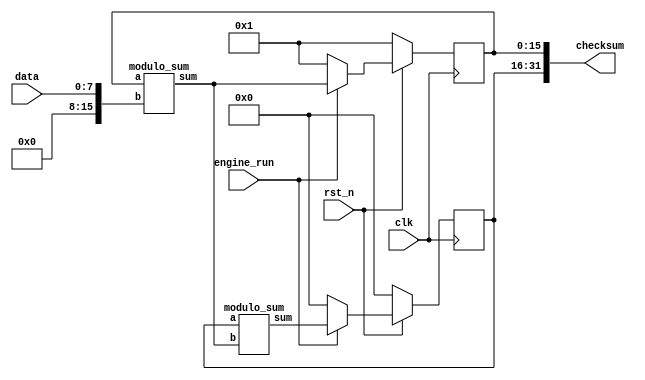
module adler32_acc (
  input         rst_n, clk, engine_run,
  input  [ 7:0] data,
  output [31:0] checksum
);

  reg  [15:0] A, B;
  wire [15:0] modulo_add_A, modulo_add_B;

  // checksum output
  assign checksum = { B, A };

  // A register
  always @( posedge clk )
    if( !rst_n )
      A <= 1;
    else
      if( engine_run ) 
      A = modulo_add_A;
      else
      A <= 1;

  // B register
  always @( posedge clk )
    if( !rst_n )
      B <= 0;
    else
      if( engine_run )
      B = modulo_add_B;
      else
      B <= 0;

  modulo_sum sum_A (
    A, {8'h00, data}, modulo_add_A );

  modulo_sum sum_B (
    B, modulo_add_A, modulo_add_B );

endmodule

module modulo_sum(
  input      [15:0] a, b,
  output reg [15:0] sum
);

  always @( a, b ) begin
    if((a + b) == 65521) begin
        sum = 0;
    end //first if statement
    else begin
    if((a + b) > 65521) begin
      sum = (a + b) - 65521;
    end //if statement
    else begin
      sum = a + b;
    end //last else statement

    end //big else statement

  end //end of always

endmodule